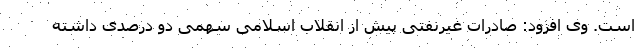
است. وی افزود: صادرات غیرنفتی پیش از انقلاب اسلامی سهمی دو درصدی داشته